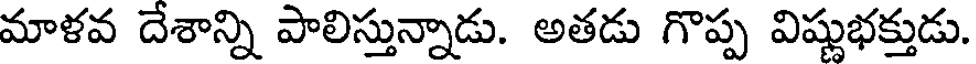
మాళవ దేశాన్ని పాలిస్తున్నాడు. అతడు గొప్ప విష్ణుభక్తుడు.